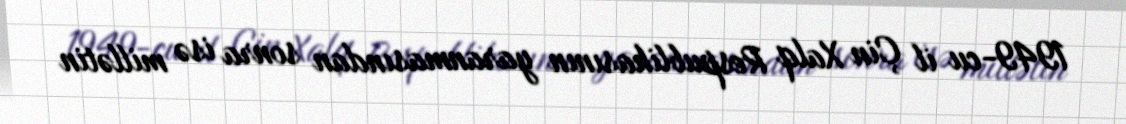
1949-cu il Çin Xalq Respublikasının yaranmasından sonra isə millətin